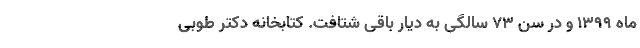
ماه 1399 و در سن 73 سالگی به دیار باقی شتافت. کتابخانه دکتر طوبی